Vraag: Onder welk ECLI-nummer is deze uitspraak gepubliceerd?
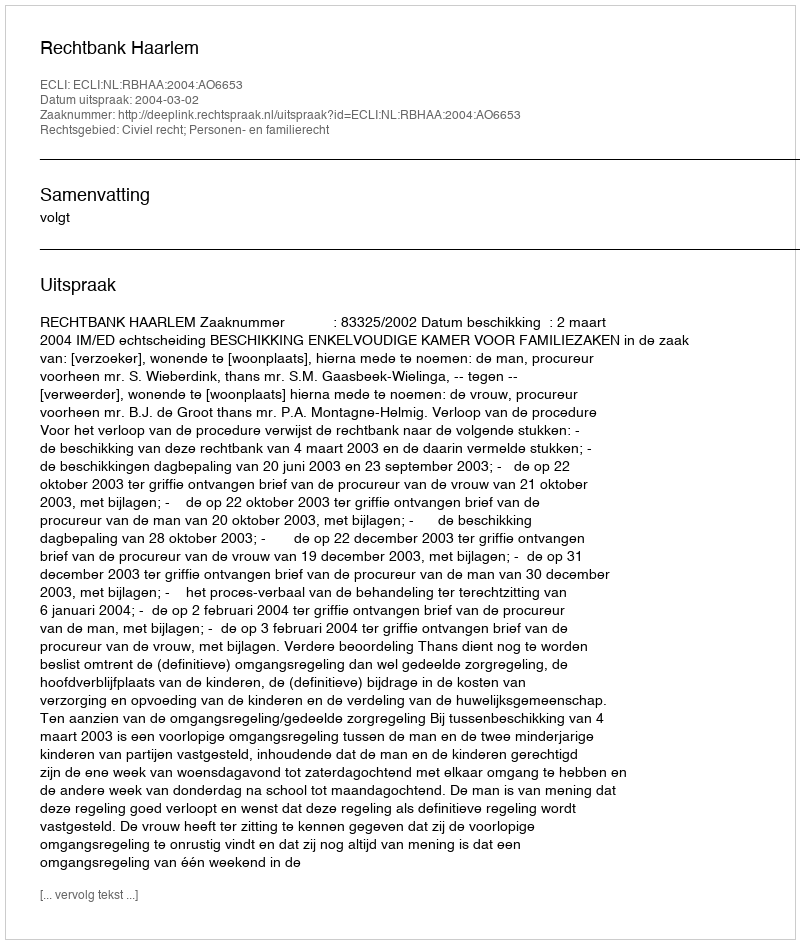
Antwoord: ECLI:NL:RBHAA:2004:AO6653